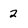
Character: 2